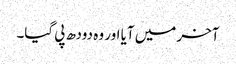
آخر میں آیا اور وہ دودھ پی گیا۔